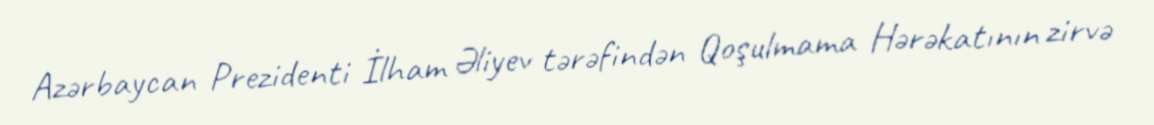
Azərbaycan Prezidenti İlham Əliyev tərəfindən Qoşulmama Hərəkatının zirvə